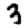
Digit: 3